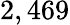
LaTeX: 2,469